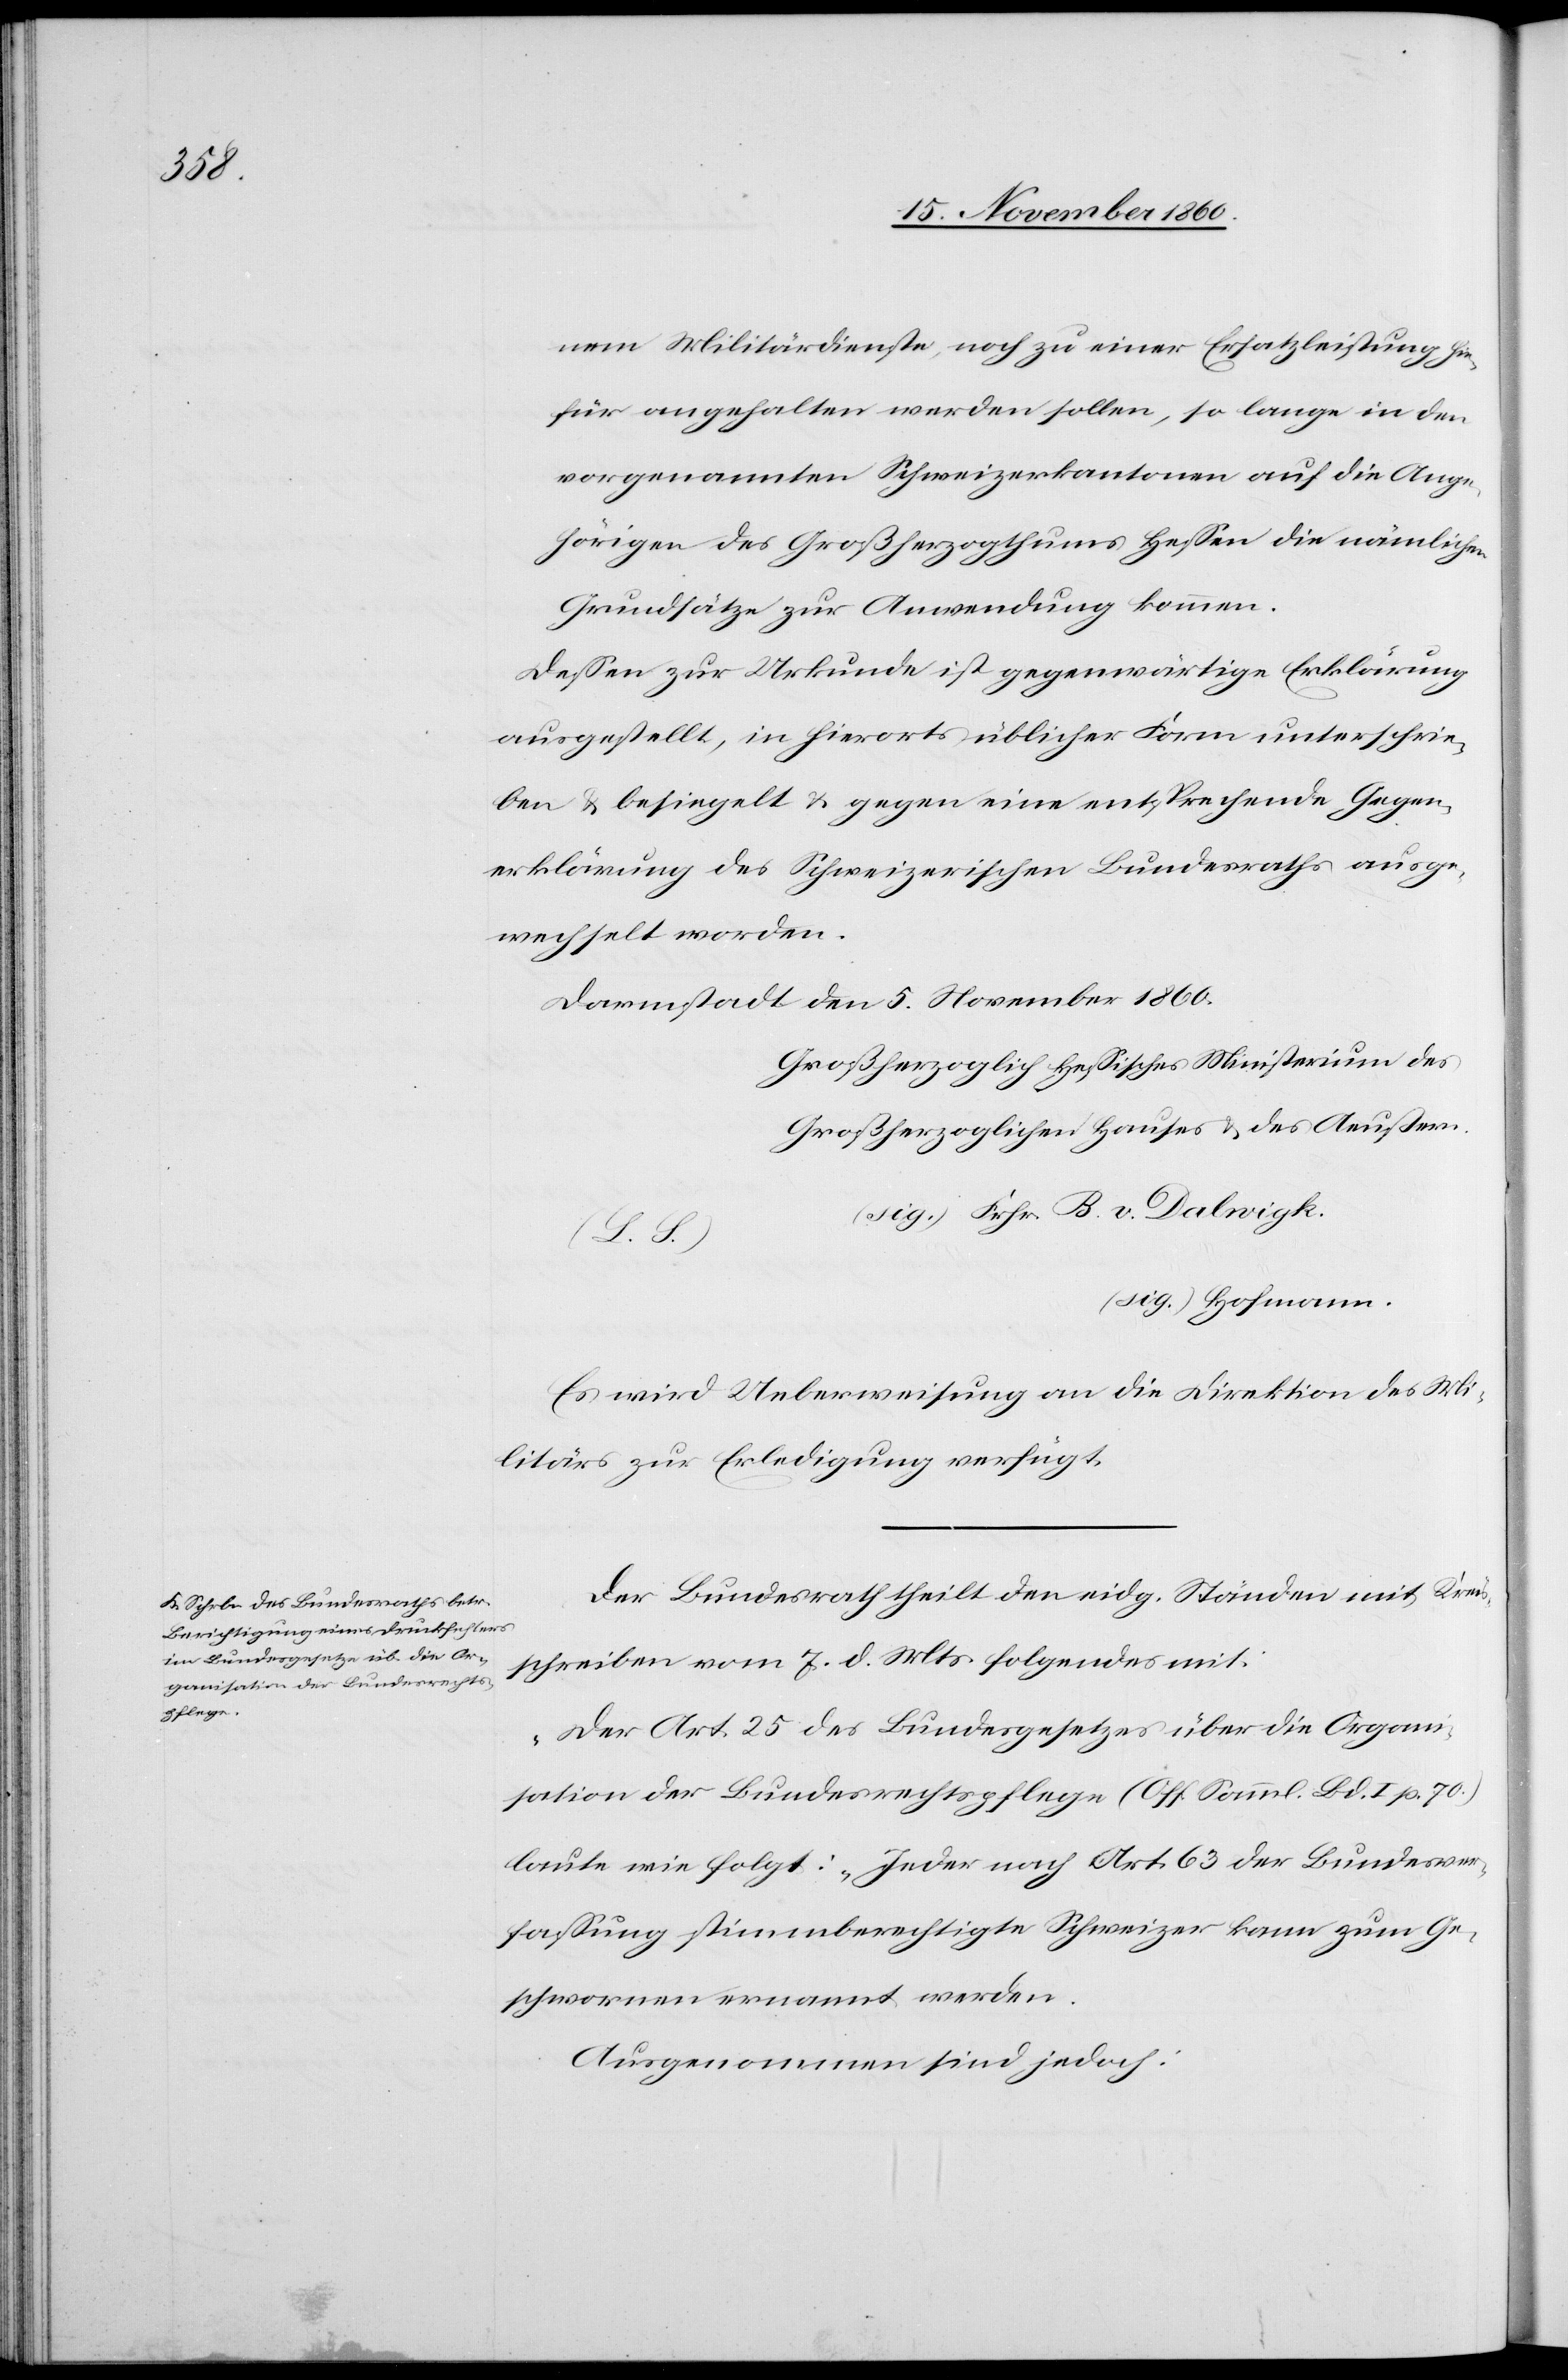
nem Militärdienste, noch zu einer Ersatzleistung hie¬
für angehalten werden sollten, so lange in den
vorgenannten Schweizerkantonen auf die Ange¬
hörigen des Großherzogthums Hessen die nämlichen
Grundsätze zur Anwendung kommen.
Dessen zur Urkunde ist gegenwärtige Erklärung
ausgestellt, in hierorts üblicher Form unterschrie¬
ben u. besiegelt u. gegen eine entsprechende Gegen¬
erklärung des Schweizerischen Bundesraths ausge¬
wechselt worden.
Darmstadt den 5. November 1860.
Großherzoglich Hessisches Ministerium des
Großherzoglichen Hauses u. des Aeußern.
(sig.) Fehr B. V. Dalwigk.
(L. L.)
(sig.) Hofmann.
Es wird Ueberweisung an die Direktion des Mi¬
litärs zur Erledigung verfügt.
Der Bundesrath theilt den eidg. Ständen mit Kreis¬
schreiben vom 7. d. Mts. folgendes mit:
„Der Art. 25 des Bundesgesetzes über die Organi¬
sation der Bundesrechtspflege (Öff. Samml. Bd. I p. 70)
laute wie folgt: ‚Jeder nach Art. 63 der Bundesver¬
fassung stimmberechtigte Schweizer kann zum Ge¬
schwornen ernannt werden.
Ausgenommen sind jedoch: